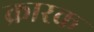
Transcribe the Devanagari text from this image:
क्रारक